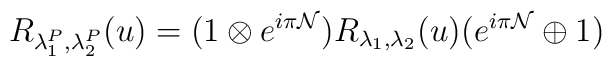
R_{\lambda^P_1,\lambda^P_2}(u)= (1 \otimes e^{i \pi {\cal N}}) R_{\lambda_1,\lambda_2}(u)( e^{i \pi {\cal N}} \oplus 1 )